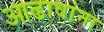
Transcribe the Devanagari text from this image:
आढावांना